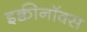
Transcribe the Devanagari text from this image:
इक्वीनॉक्स